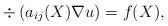
LaTeX: \begin{align*} \div \left ( a_{ij}(X) \nabla u \right ) = f(X),\end{align*}